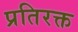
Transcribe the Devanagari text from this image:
प्रतिरक्त